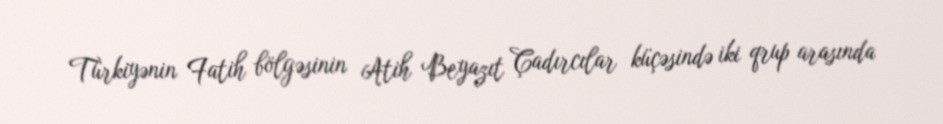
Türkiyənin Fatih bölgəsinin Atih Beyazıt Çadırcılar küçəsində iki qrup arasında